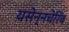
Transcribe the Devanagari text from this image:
यसेन्नचेरिब